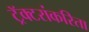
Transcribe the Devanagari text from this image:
ट्रॅक्टरांकरिता